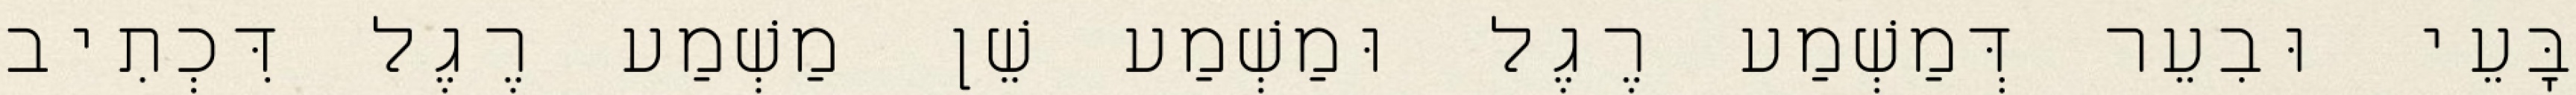
בָּעֵי וּבִעֵר דְּמַשְׁמַע רֶגֶל וּמַשְׁמַע שֵׁן מַשְׁמַע רֶגֶל דִּכְתִיב